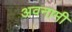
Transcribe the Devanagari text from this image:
अवनामी